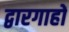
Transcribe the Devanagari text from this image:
द्वारगाहों